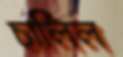
চালিল